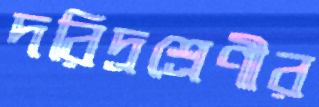
দরিদ্রশ্রেণীর